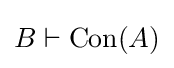
B\vdash {\text{Con}}(A)